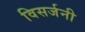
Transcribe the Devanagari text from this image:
विसर्जनी